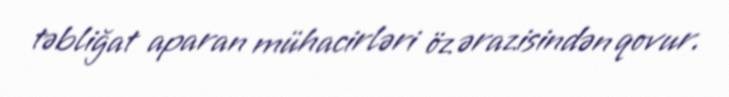
təbliğat aparan mühacirləri öz ərazisindən qovur.